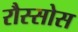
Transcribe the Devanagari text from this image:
रौस्सोस